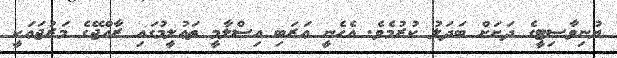
ޔުނިވާސިޓީގެ ދަށަށް ބަދަލު ކުރުމެވެ. އެހެނީ ޢަރަބި އިސްލާމީ ތަޢުލީމުގައި ރާއްޖޭގެ މަރުޖަޢަކީ